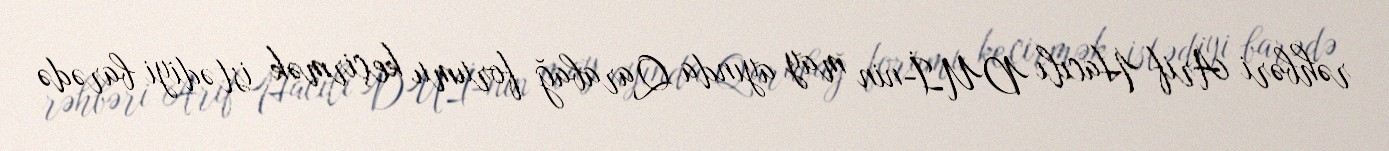
rəhbəri Arif Hacılı DUİ-nin may ayında Qarabağ forumu keçirmək istədiyi barədə